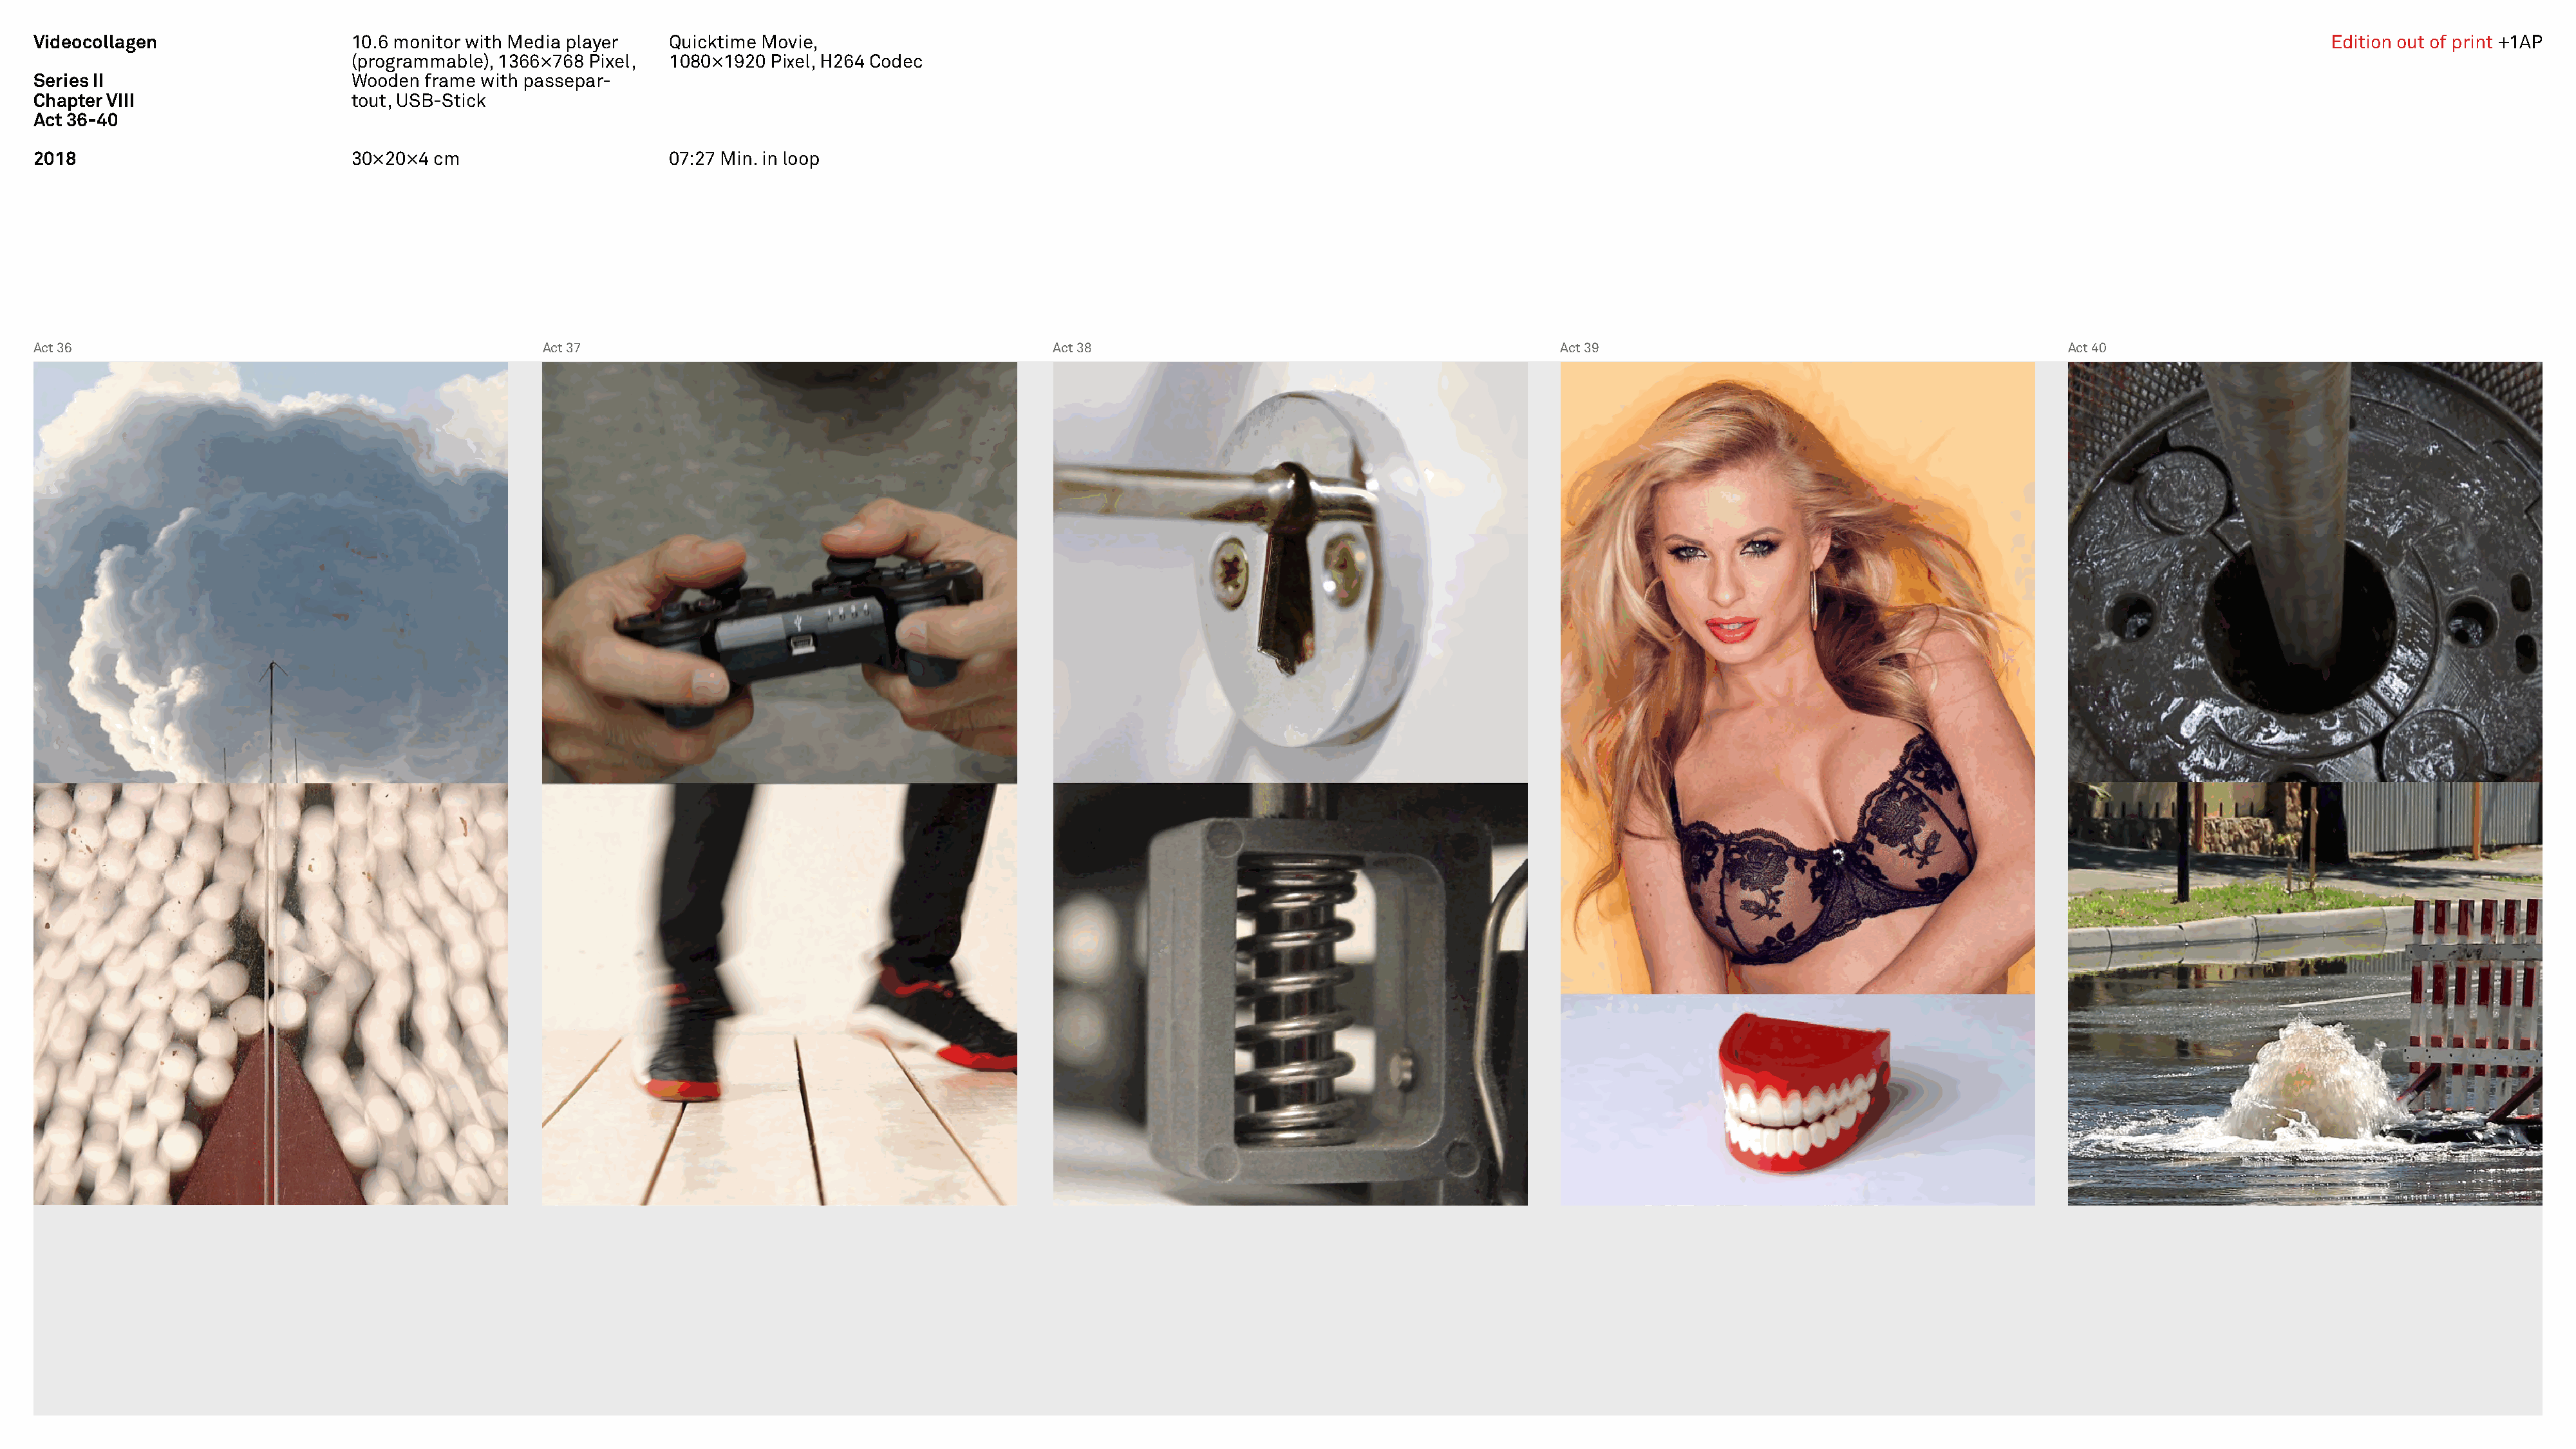
Videocollagen                    10.6 monitor with Media player   Quicktime Movie,                                                                                                                                                           Edition out of print +1AP
 (programmable), 1366×768 Pixel,  1080×1920 Pixel, H264 Codec
 Series II                        Wooden  frame with passepar-
 Chapter VIII                     tout, USB-Stick
 Act 36-40
 2018                             30×20×4  cm                      07:27 Min. in loop
 Act 36                                               Act 37                                              Act 38                                              Act 39                                               Act 40